Scottish Leaving Certificate Examination, 1951
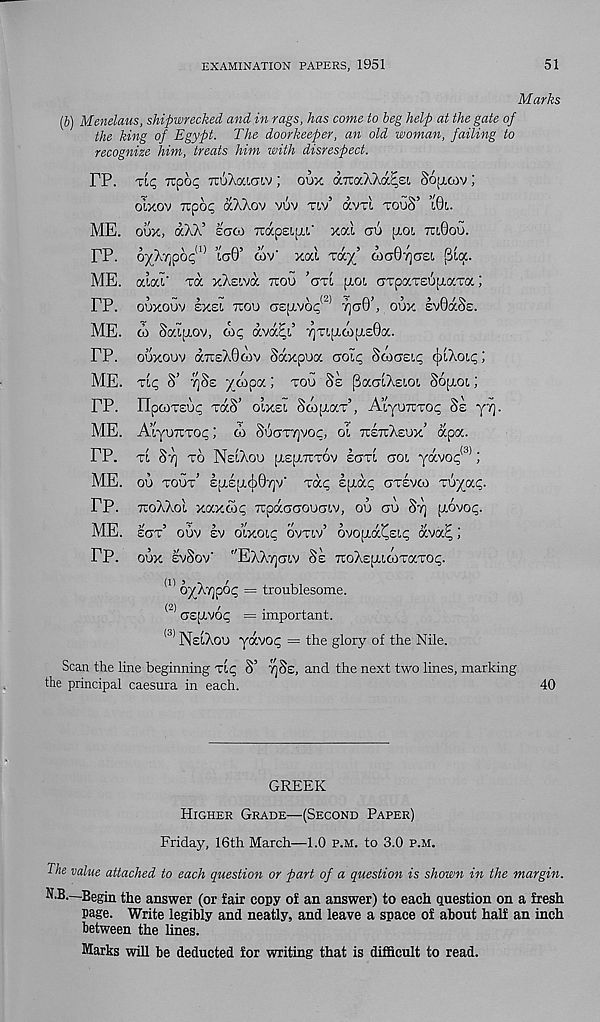
EXAMINATION PAPERS, 1951
51
Marks
(b) Mendaus, shipwrecked and in rags, has come to beg help at the gate of
the king of Egypt. The doorkeeper, an old woman, failing to
recognize him, treats him with disrespect.
FP. itic, 7tp6<; TcuAaiaiv ; oux ajcaXAdc^st, Sopioov;
oixov Trpo^ aAAov vuv tlv’ avxi touS’ ’lQl.
ME. oux, uXh? £ooj TtapeipiL' xal ou p,OL tuQoo.
FP. by\r$bc; l) Ta0’ cov' xal Tax’ W(J07]CT£[, ^la.
ME. aial' to. xXsiva ttou ’cjtl pioi aTpaTs^piaxa;
FP. OOXOOV EXE I TCOU CZ^O^ TjCT0’, OUX £V0aS£.
ME. 03 SaiiAOv, o')c dva^t’ rjTi;xo3aE0a.
FP. ouxouv (xtceXOoov Sdxpua aoic, Soktelp (jxAoic;;
ME. Tip S’ 7]S£ xoipa; tou Se paaiXEiot, Sopioi;
FP. nptOTE’jp TOcS’ OlXEl ScOITaT 5 , AlyUTCTOp Se yY].
ME. AiyuTCTop; d> SuaT7]Voc, oL tcettAeux’ dpa.
FP. 11 Sv) TO NeiAoU jJLEjJlTCTOV ECTTl CTOl yaVOp (3) J
ME. 01) tout’ E|J.£[A(j30Y]V' Tap Epidp OTEVCO TUyap.
FP. ttoAAoI xaxtop Tcpdacoucriv, ou au Sy] fxovop.
ME. zgi ouv ev oTxoip ovtlv’ ovopid^sip dva^;
FP. oux evSov* "EAAy]{7!,v Se TioAspucoTaTop.
(1 ' oyA^pop = troublesome.
(2)
/
crsp-vop = important.
^ NsiAou ydvop = the glory of the Nile.
Scan the line beginning Tip S’
an( i the next two lines, marking
the principal caesura in each.
40
GREEK
Higher Grade—(Second Paper)
Friday, 16th March—1.0 p.m. to 3.0 p.m.
The value attached to each question or part of a question is shown in the margin.
N.B.—Begin the answer (or fair copy of an answer) to each question on a fresh
page. Write legibly and neatly, and leave a space of about half an inch
between the lines.
Marks will be deducted for writing that is difficult to read.